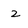
Character: z